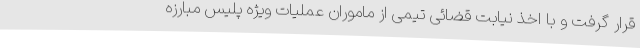
قرار گرفت و با اخذ نیابت قضائی تیمی از ماموران عملیات ویژه پلیس مبارزه